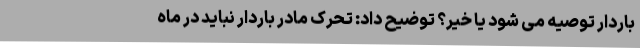
باردار توصیه می شود یا خیر؟ توضیح داد: تحرک مادر باردار نباید در ماه